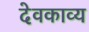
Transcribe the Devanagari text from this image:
देवकाव्य